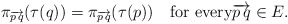
\begin{align*}\pi_{\overrightarrow{p\,q}}(\tau(q))=\pi_{\overrightarrow{p\,q}}(\tau(p))\quad\mbox{for every}\overrightarrow{p\,q}\in E.\end{align*}